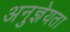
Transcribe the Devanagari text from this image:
अनुज्ञेयता